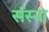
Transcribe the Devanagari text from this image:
सॅस्ना